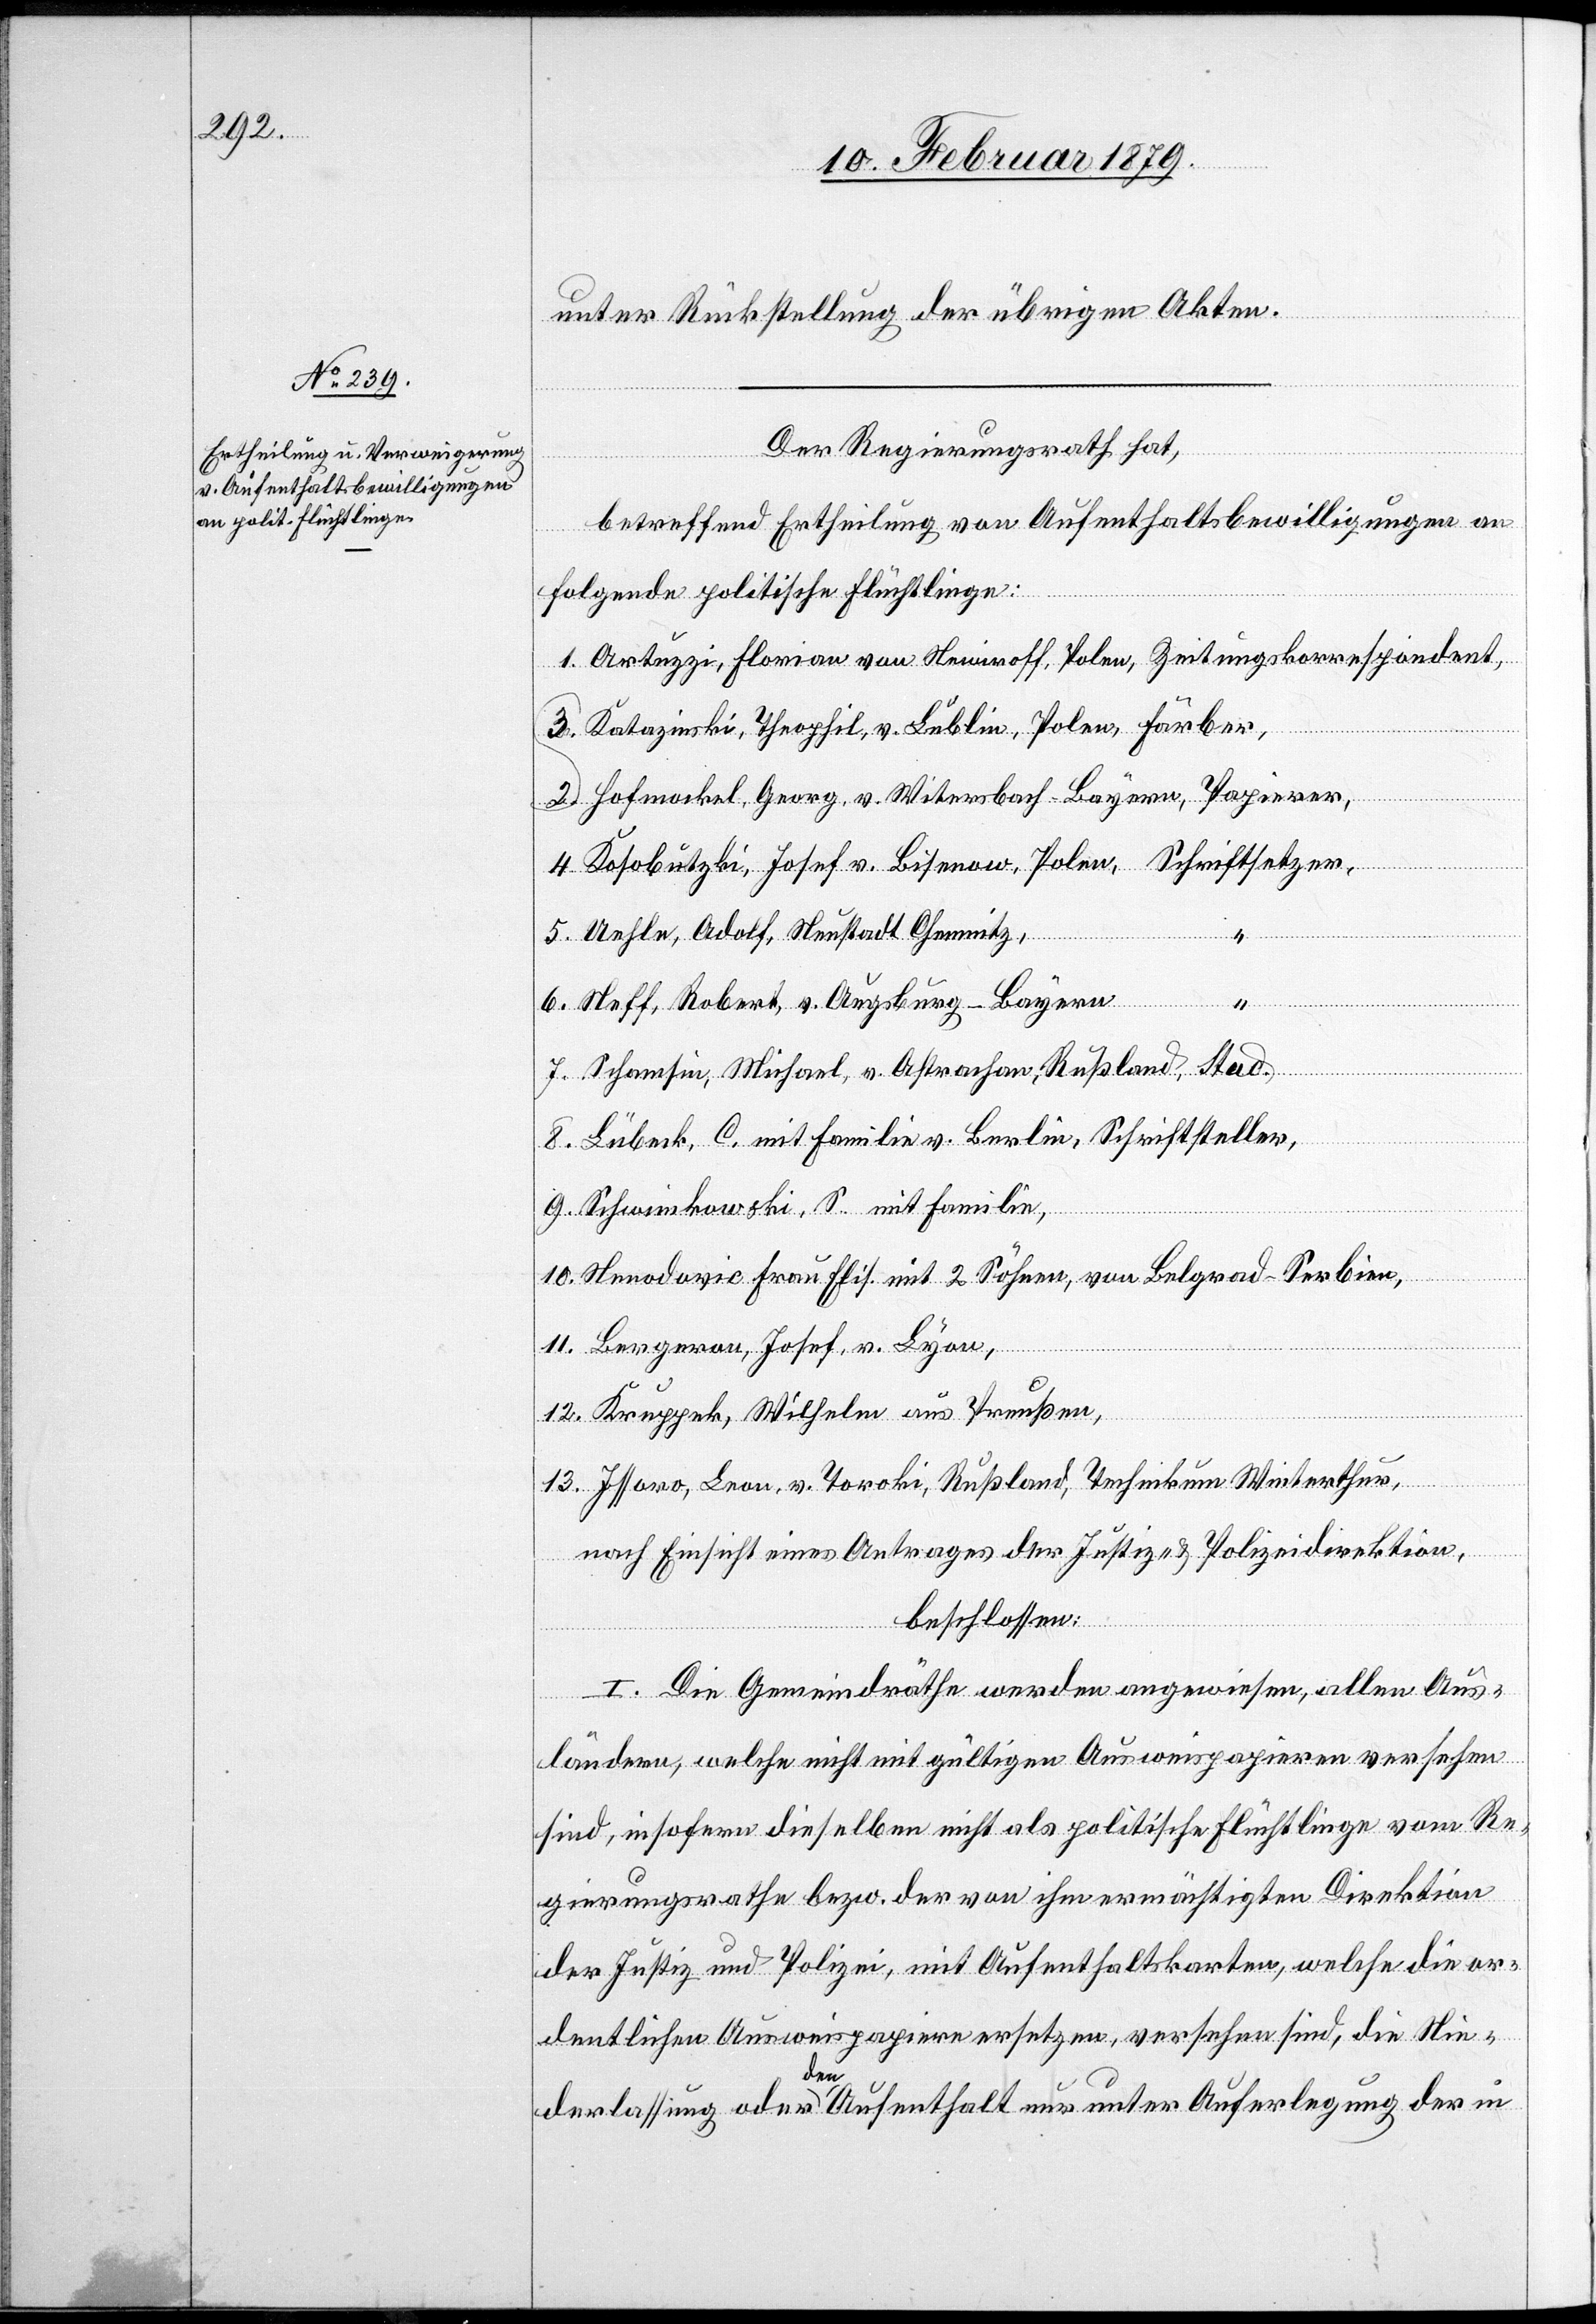
unter Rückstellung der übrigen Akten.
Der Regierungsrath hat,
betreffend Ertheilung von Aufenthaltsbewilligungen an
folgende
1. Artuzzi, Florian von Newiroff, Polen, Zeitungskorrespondent,
3. Katazinski, Theophil, v. Lublin, Polen, Färber,
2. Hofmockel, Georg, v. Witersbach - Bayern, Papierer,
4. Kosobutzki, Josef v. Bisenow, Polen, Schriftsetzer,
5. Uehle, Adolf, Neustadt Chemnitz,
“
6. Neff, Robert, v. Augsburg - Bayern
7. Schamsin, Michael, v. Astrachan, Rußland, Stud.
8. Lübeck, C. mit Familie v. Berlin, Schriftsteller,
9. Schwimkowski, S. mit Familie,
10. Neeodovic Frau Elis. mit 2 Söhnen, von Belgrad - Serbien,
11. Bergerau, Joseph, v. Lyon,
12. Kruppek, Wilhelm aus Preußen,
13. Issaro, Leon, v. Toroki, Rußland, Technikum Winterthur,
nach Einsicht eines Antrages der Justiz- & Polizeidirektion,
beschlossen:
I. Die Gemeindräthe werden angewiesen, allen Aus¬
ländern, welche nicht mit gültigen Ausweispapieren versehen
sind, insofern dieselben nicht als politische Flüchtlinge vom Re¬
gierungsrathe bezw. der von ihm ermächtigen Direktion
der Justiz und Polizei, mit Aufenthaltskarten, welche die or¬
dentlichen Ausweispapiere ersetzen, versehen sind, die Nie¬
derlassung oder den Aufenthalt nur unter Auferlegung der in